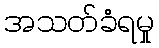
အသတ်ခံရမှု